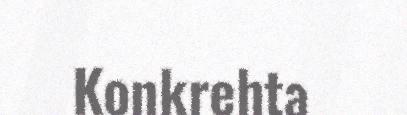
Konkrehta